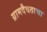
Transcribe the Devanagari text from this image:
ग्रामदैवताचा